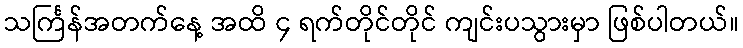
သင်္ကြန်အတက်နေ့ အထိ ၄ ရက်တိုင်တိုင် ကျင်းပသွားမှာ ဖြစ်ပါတယ်။